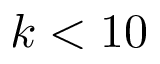
k < 1 0